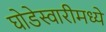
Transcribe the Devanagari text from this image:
घोडेस्वारीमध्ये